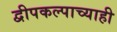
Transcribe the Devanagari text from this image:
द्वीपकल्पाच्याही